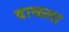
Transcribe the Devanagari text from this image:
वाळला